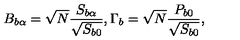
B _ { b \alpha } = \sqrt { N } \frac { S _ { b \alpha } } { \sqrt { S _ { b 0 } } } , \Gamma _ { b } = \sqrt { N } \frac { P _ { b 0 } } { \sqrt { S _ { b 0 } } } ,